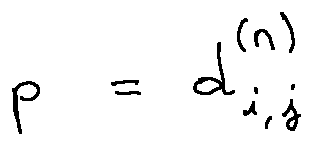
p = d _ { i , j } ^ { ( n ) }